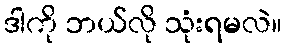
ဒါကို ဘယ်လို သုံးရမလဲ။